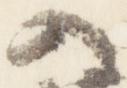
入